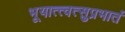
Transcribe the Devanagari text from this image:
भूयात्त्वत्सुप्रभातं